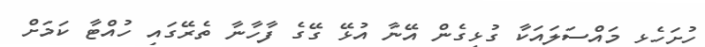
ހުށަހެޅި މައްސަލައަކާ ގުޅިގެން އޭނާ އުޅޭ ގޭގެ ފާހާނާ ތެރޭގައި ހުއްޓާ ކަމަށް